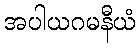
အပါယဂမနီယံ